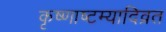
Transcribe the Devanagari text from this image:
कृष्णाष्टम्यादिव्रत